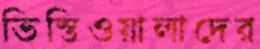
ভিস্তিওয়ালাদের